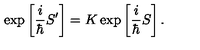
\exp \left[ \frac { i } { \hbar } S ^ { \prime } \right] = K \exp \left[ \frac { i } { \hbar } S \right] .